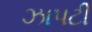
ઝાપટી